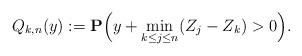
LaTeX: \begin{align*}Q_{k,n}(y):=\mathbf{P}\Big(y+\min_{k \le j\leq n}(Z_j-Z_k)>0\Big).\end{align*}